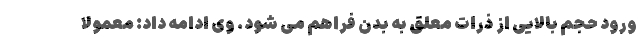
ورود حجم بالایی از ذرات معلق به بدن فراهم می شود. وی ادامه داد: معمولا